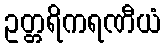
ဥတ္တရိကရဏီယံ